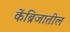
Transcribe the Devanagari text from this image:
केंब्रिजातील